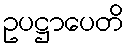
ဥပဋ္ဌာပေတိ